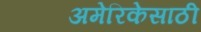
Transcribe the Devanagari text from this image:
अमेरिकेसाठी